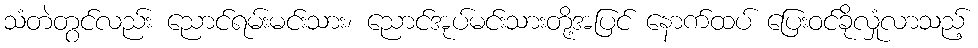
သံတဲတွင်လည်း ညောင်ရမ်းမင်းသား၊ ညောင်အုပ်မင်းသားတို့အပြင် နောက်ထပ် ပြေးဝင်ခိုလှုံလာသည့်